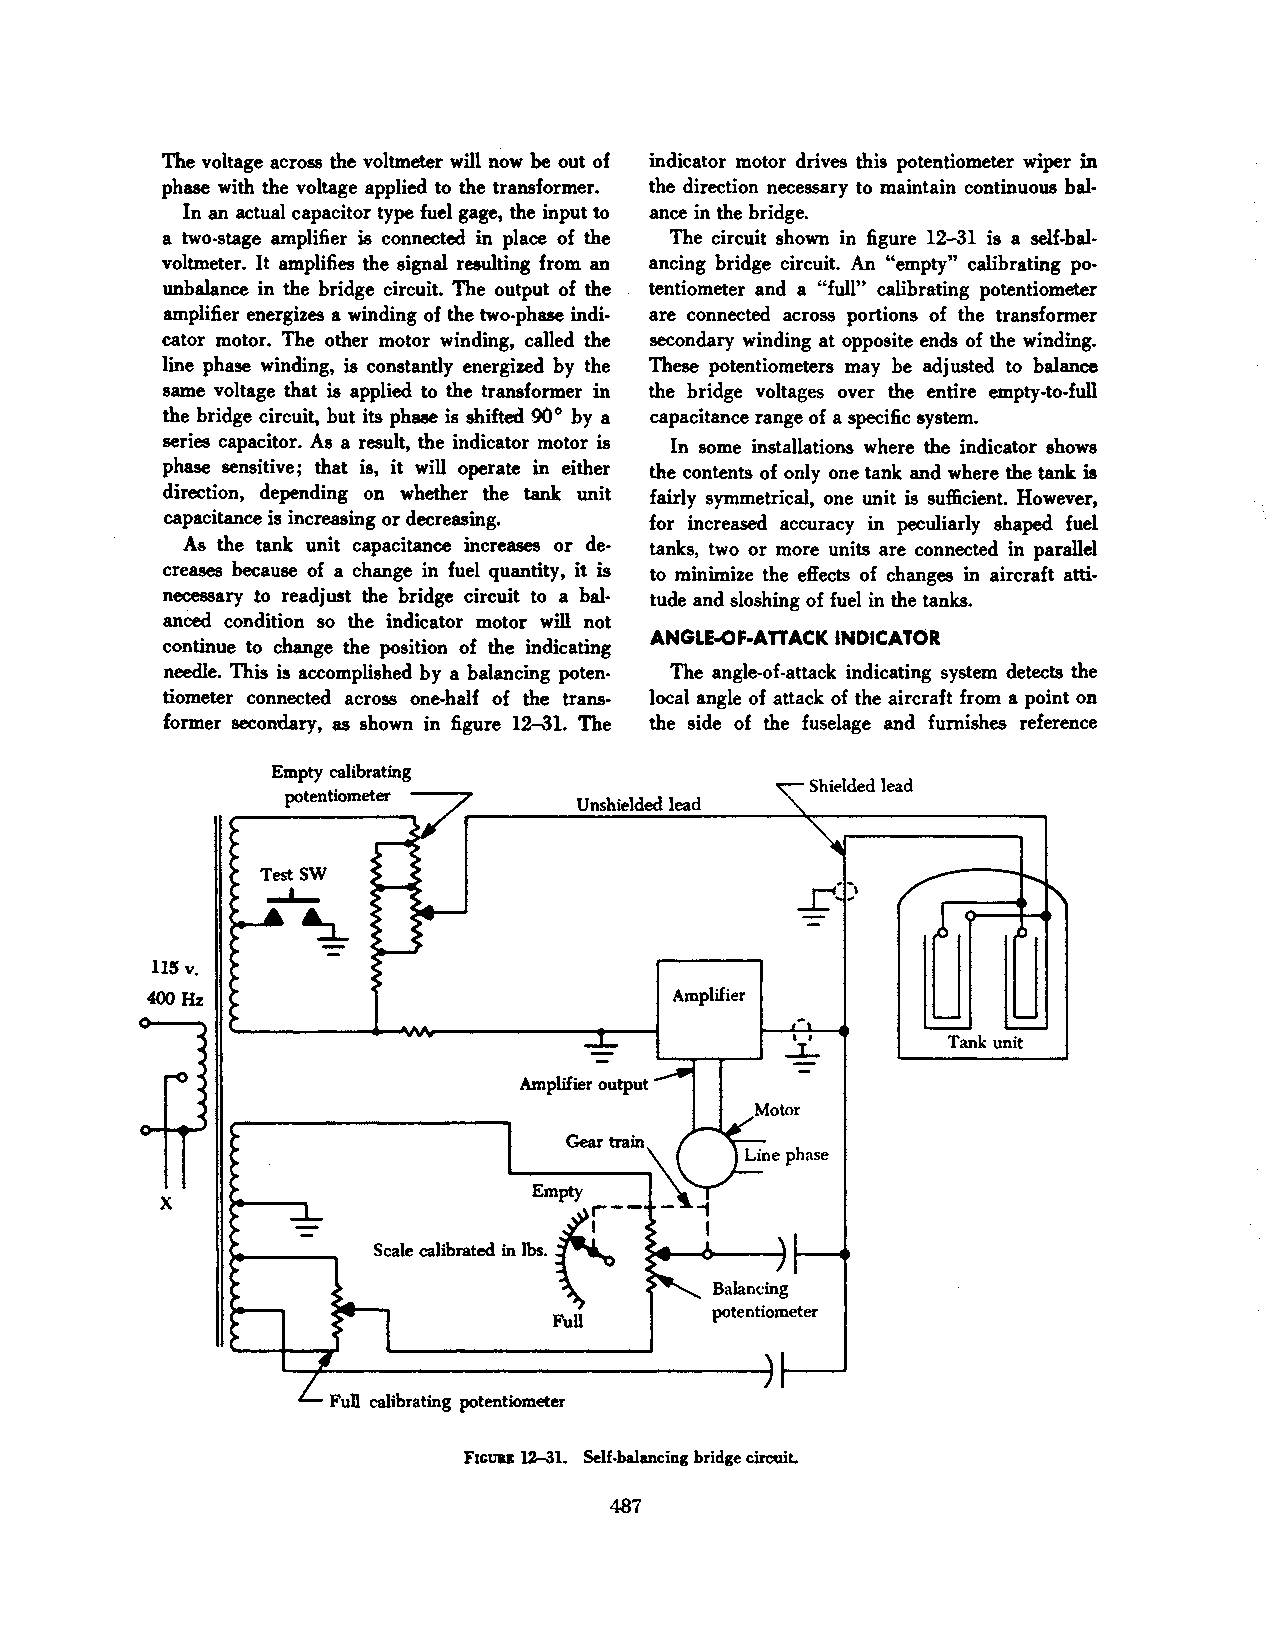
The voltage across the voltmeter will now be out of indicator motor drives this potentiometer wiper in
 phase with the voltage applied to the transformer. the direction necessary to maintain continuous bal
 In an actual capacitor type fuel gage, the input to ance in the bridge.
 a two·stage amplifier is connected in place of the The circuit shown in figure 12-31 is a self-bal
 voltmeter. It amplifies the signal resulting from an ancing bridge circuit. An "empty" calibrating po
 unbalance in the bridge circuit. The output of the tentiometer and a "full" calibrating potentiometer
 amplifier energizes a winding of the two·phase indi· are connected across portions of the transformer
 cator motor. The other motor winding, called the secondary winding at opposite ends of the winding.
 line phase winding, is constantly energized by the These potentiometers may be adjusted to balance
 same voltage that is applied to the transformer in the bridge voltages over the entire empty-to-full
 the bridge circuit, but its phaae is shifted 90° by a capacitance range of a specific system.
 series capacitor. As a result, the indicator motor is In some installations where the indicator shows
 phase sensitive; that is, it will operate in either the contents of only one tank and where the tank is
 direction, depending on whether the tank unit fairly symmetrical, one unit is sufticienL However,
 capacitance is increasing or decreasing. for increased accuracy in peculiarly shaped fuel
 Aa the tank unit capacitance increases or de tanks, two or more units are connected in parallel
 creases because of a change in fuel quantity, it is to minimize the effects of changes in aircraft atti
 necessary to readjust the bridge circuit to a bal tude and sloshing of fuel in the tanks.
 anced condition so the indicator motor will not
 ANGLE..OF-AnACK INDICATOR
 continue to change the position of the indicating
 needle. This is accomplished by a balancing poten The angle-of-attack indicating system detects the
 tiometer connected acrose one·half of the trans local angle of attack of the aircraft from a point on
 former secondary, as shown in figure 12-31. The the side of the fuselage and furnishes reference
 Empty calibrating
 Shielded lead
 potentiometer --..,
 Unshielded lead
 r--( I
 ....1.... ~"
 115 v.
 400Hz                              Amplifier
 Tank unit
 Amplifier output
 X
 Frcuu 12--31. Self-balancing bridge circWL
 487